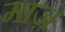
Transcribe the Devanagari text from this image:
माज़